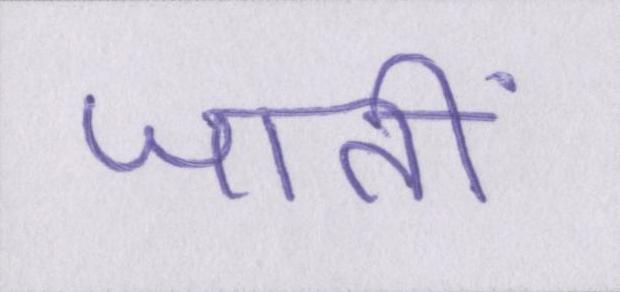
जातीं